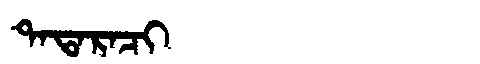
Manchu: ᡨᠠᡨᠠᡵᠠᠴᡳ
Romanization: TATARACI